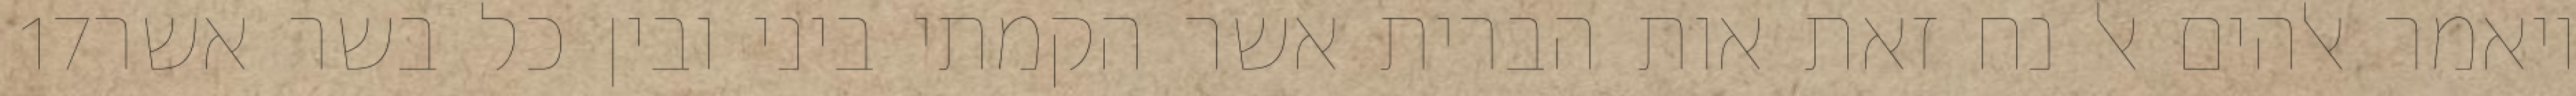
‎17‏ ויאמר אלהים אל נח זאת אות הברית אשר הקמתי ביני ובין כל בשר אשר